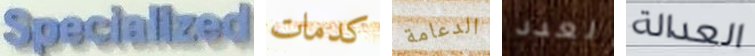
Specialized كدمات الدعامة لعدد العدالة